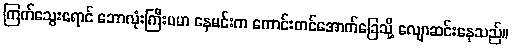
ကြက်သွေးရောင် ဘောလုံးကြီးပမာ နေမင်းက ကောင်းကင်အောက်ခြေသို့ လျောဆင်းနေသည်။